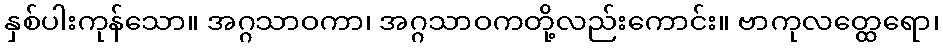
နှစ်ပါးကုန်သော။ အဂ္ဂသာဝကာ၊ အဂ္ဂသာဝကတို့လည်းကောင်း။ ဗာကုလတ္ထေရော၊